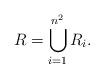
LaTeX: \begin{align*}R = \bigcup_{i=1}^{n^2} R_i.\end{align*}